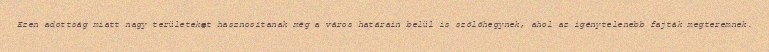
Ezen adottság miatt nagy területeket hasznosítanak még a város határain belül is szőlőhegynek, ahol az igénytelenebb fajták megteremnek.